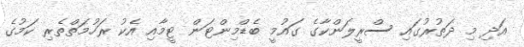
އަދި މި ދަތުރުގައި ސްރީލަންކާގެ ގައުމީ ބެޑްމިންޓަން ޓީމާއި އެކު ރަހުމަތްތެރި ކަމުގެ